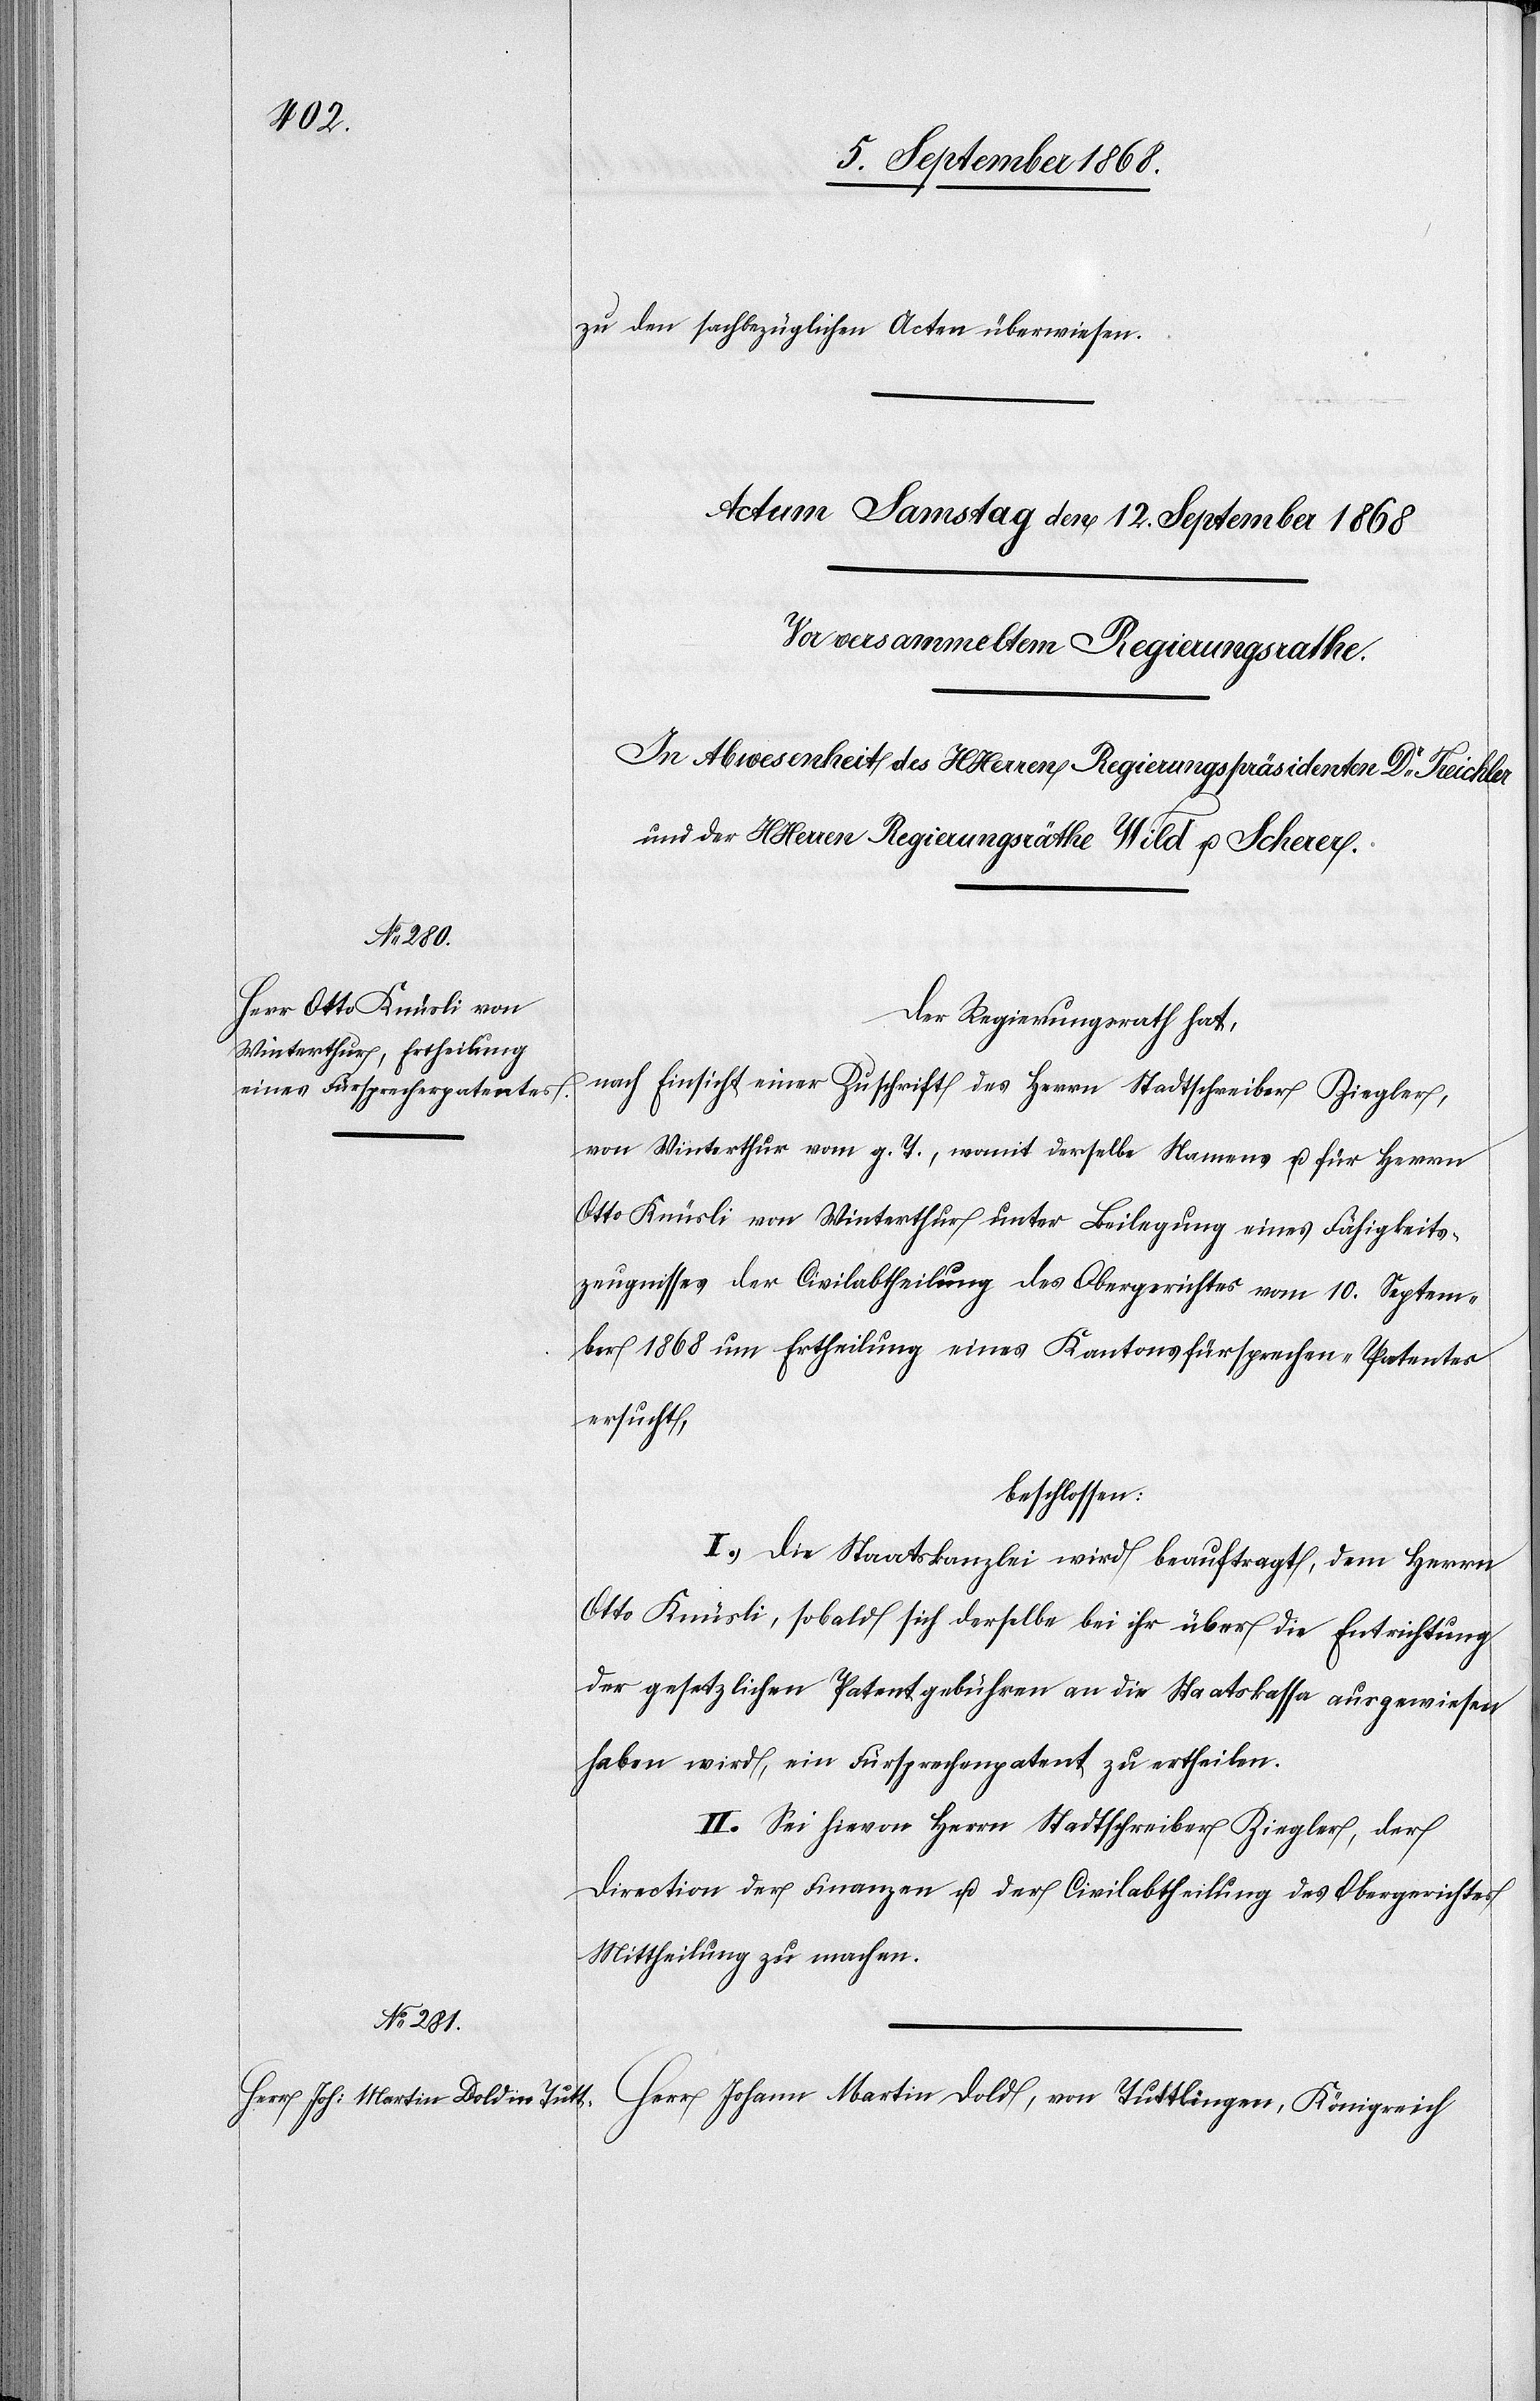
zu den sachbezüglichen Acten überwiesen.
Der Regierungsrath hat,
nach Einsicht einer Zuschrift des Herrn Stadtschreiber Ziegler,
von Winterthur vom g. T., womit derselbe Namens u. für Herrn
Otto Knüsli von Winterthur unter Beilegung eines Fähigkeits¬
zeugnisses der Civilabtheilung des Obergerichtes vom 10. Septem¬
ber 1868 um Ertheilung eines Kantonsfürsprechen-Patentes
ersucht,
beschlossen:
I. Die Staatskanzlei wird beauftragt, dem Herrn
Otto Knüsli, sobald sich derselbe bei ihr über die Entrichtung
der gesetzlichen Patentgebühren an die Staatskassa ausgewiesen
haben wird, ein Fürsprechenpatent zu ertheilen.
II. Sei hievon Herrn Stadtschreiber Ziegler, der
Direction der Finanzen u. der Civilabtheilung des Obergerichtes
Mittheilung zu machen.
Herr Johann Martin Dold, von Tuttlingen, Königreich